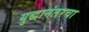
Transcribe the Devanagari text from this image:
युद्धानंतरचा